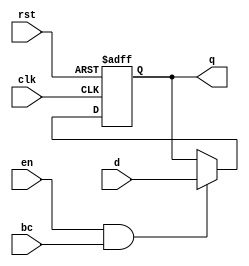
module barrier_register (
    input wire clk,          // Clock signal
    input wire rst,          // Asynchronous reset
    input wire en,           // Enable signal
    input wire bc,           // Barrier condition
    input wire [N-1:0] d,    // Data input
    output reg [N-1:0] q     // Data output
);
    parameter N = 8;         // Width of the data (can be parameterized)

    // Asynchronous reset and synchronous update based on enable and barrier condition
    always @(posedge clk or posedge rst) begin
        if (rst) begin
            q <= {N{1'b0}};   // Reset output to 0
        end else if (en && bc) begin
            q <= d;           // Capture data input when enabled and barrier condition is satisfied
        end
        // If not enabled or barrier condition not satisfied, `q` retains its value
    end
endmodule